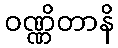
ဝဏ္ဏိတာနိ